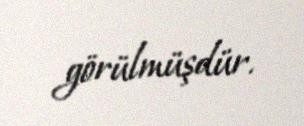
görülmüşdür.